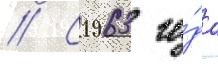
// С 1963 го́да